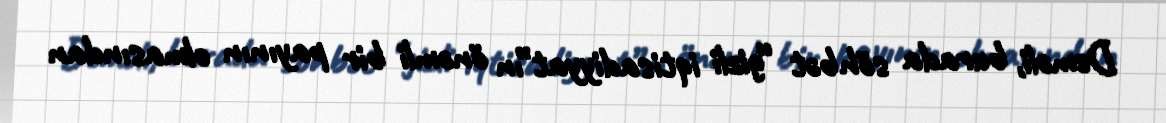
Deməli, burada söhbət “gizli iqtisadiyyat”ın önəmli bir payının olmasından